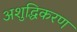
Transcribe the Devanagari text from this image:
अशुद्धिकरण